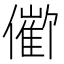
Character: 𪝱